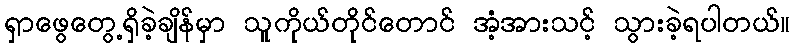
ရှာဖွေတွေ့ရှိခဲ့ချိန်မှာ သူကိုယ်တိုင်တောင် အံ့အားသင့် သွားခဲ့ရပါတယ်။